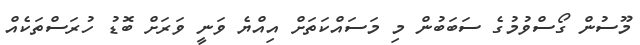
މޫސުން ގޯސްވުމުގެ ސަބަބުން މި މަސައްކަތަށް އިއްޔެ ވަނީ ވަރަށް ބޮޑު ހުރަސްތަކެއް